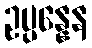
ဥပ္ပန္နေန